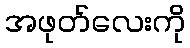
အဖုတ်လေးကို